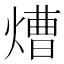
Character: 㷮